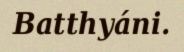
Batthyáni.